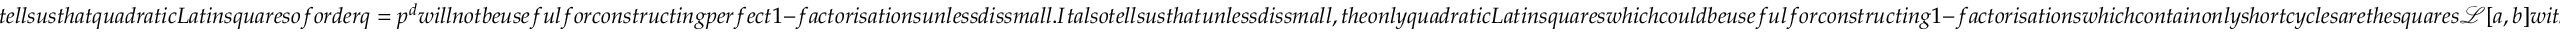
t e l l s u s t h a t q u a d r a t i c L a t i n s q u a r e s o f o r d e r q = p ^ { d } w i l l n o t b e u s e f u l f o r c o n s t r u c t i n g p e r f e c t 1 - f a c t o r i s a t i o n s u n l e s s d i s s m a l l . I t a l s o t e l l s u s t h a t u n l e s s d i s s m a l l , t h e o n l y q u a d r a t i c L a t i n s q u a r e s w h i c h c o u l d b e u s e f u l f o r c o n s t r u c t i n g 1 - f a c t o r i s a t i o n s w h i c h c o n t a i n o n l y s h o r t c y c l e s a r e t h e s q u a r e s \mathcal { L } [ a , b ] w i t h \{ a , b \} \subseteq \mathbb { F } _ { p } \cap \mathcal { N } _ { q } . C o m b i n i n g L e m m a